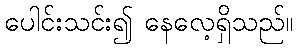
ပေါင်းသင်း၍ နေလေ့ရှိသည်။